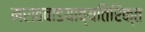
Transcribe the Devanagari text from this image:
मराठवाडयाव्यतिरिक्त